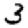
Digit: 3